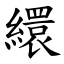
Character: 繯